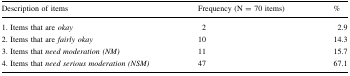
<table><thead><tr><td><b>Description of items</b></td><td><b>Frequency (N = 70 items)</b></td><td><b>%</b></td></tr></thead><tbody><tr><td>1. Items that are <i>okay</i></td><td>2</td><td>2.9</td></tr><tr><td>2. Items that are <i>fairly okay</i></td><td>10</td><td>14.3</td></tr><tr><td>3. Items that <i>need moderation (NM)</i></td><td>11</td><td>15.7</td></tr><tr><td>4. Items that <i>need serious moderation (NSM)</i></td><td>47</td><td>67.1</td></tr></tbody></table>